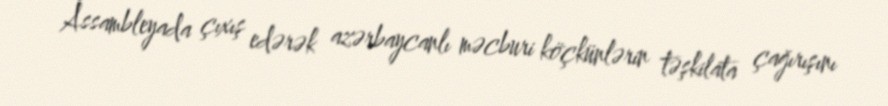
Assambleyada çıxış edərək azərbaycanlı məcburi köçkünlərin təşkilata çağırışını